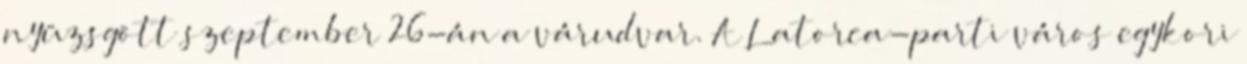
nyüzsgött szeptember 26-án a várudvar. A Latorca-parti város egykori